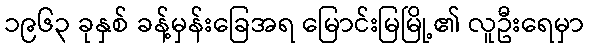
၁၉၆၃ ခုနှစ် ခန့်မှန်းခြေအရ မြောင်းမြမြို့၏ လူဦးရေမှာ